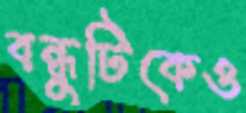
বন্ধুটিকেও